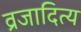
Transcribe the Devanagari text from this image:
व्रजादित्य